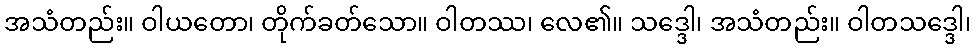
အသံတည်း။ ဝါယတော၊ တိုက်ခတ်သော။ ဝါတဿ၊ လေ၏။ သဒ္ဒေါ၊ အသံတည်း။ ဝါတသဒ္ဒေါ၊